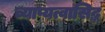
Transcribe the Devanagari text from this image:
व्याप्यत्वासिद्ध